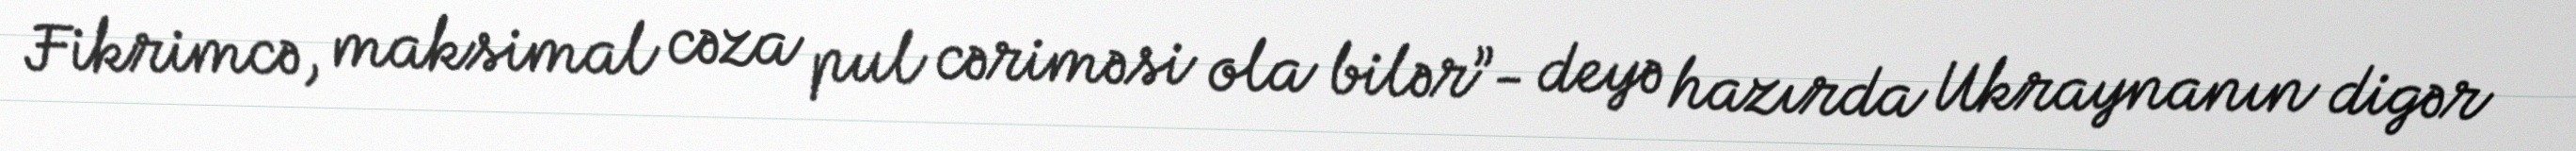
Fikrimcə, maksimal cəza pul cəriməsi ola bilər”- deyə hazırda Ukraynanın digər